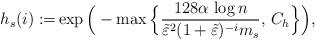
LaTeX: \begin{align*} h_s(i) := & \exp \Big( - \max \Big\{ \frac{128 \alpha\,\log n }{\tilde \varepsilon^2 ( 1+ \tilde \varepsilon )^{-i} m_s } ,\, C_h \Big\} \Big),\end{align*}